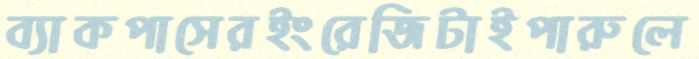
ব্যাকপাসেরইংরেজিটাইপারুলে